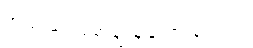
အသံ မတ်ဆေ့ချ် ချန်ထားခဲ့တယ်။